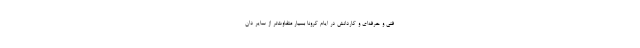
فنی و حرفه‌ای و کاردانش در ایام کرونا بسیار متفاوت‌تر از سایر دان